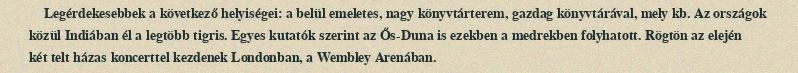
Legérdekesebbek a következő helyiségei: a belül emeletes, nagy könyvtárterem, gazdag könyvtárával, mely kb. Az országok közül Indiában él a legtöbb tigris. Egyes kutatók szerint az Ős-Duna is ezekben a medrekben folyhatott. Rögtön az elején két telt házas koncerttel kezdenek Londonban, a Wembley Arenában.